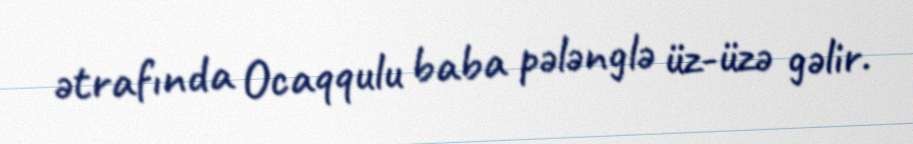
ətrafında Ocaqqulu baba pələnglə üz-üzə gəlir.